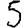
Digit: 5